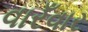
વારઁવાર